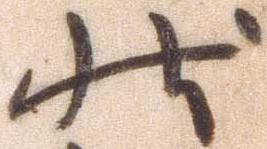
状